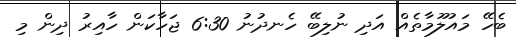
ބެހޭ މައުލޫމާތެއް އަދި ނުލިބޭ ހެނދުނު 6:30 ޖަހާކަން ހާއިރު ދިން މި